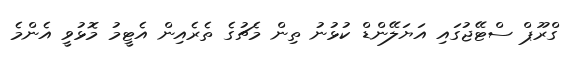
ގްރޫޕް ސްޓޭޖުގައި އަޔަލޭންޑް ކުޅުނު ތިން މެޗުގެ ތެރެއިން އެޓީމު މޮޅުވީ އެންމެ